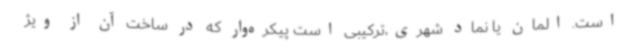
است. المان یا نماد شهری،ترکیبی است پیکره‌وار که در ساخت آن از ویژ